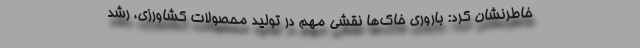
خاطرنشان کرد: باروری خاک‌ها نقشی مهم در تولید محصولات کشاورزی، رشد